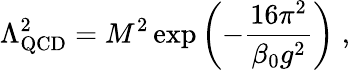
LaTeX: \Lambda_{\mathrm{QCD}}^{2}=M^{2}\exp\left(-\frac{16\pi^{2}}{\beta_{0}g^{2}}\right)\; ,